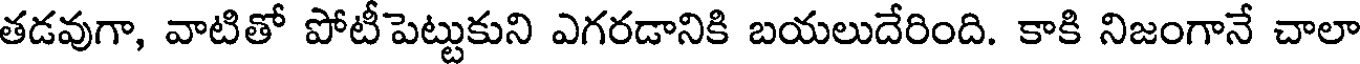
తడవుగా, వాటితో పోటీపెట్టుకుని ఎగరడానికి బయలుదేరింది. కాకి నిజంగానే చాలా